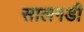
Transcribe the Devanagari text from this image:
सालगडी